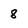
Character: 8